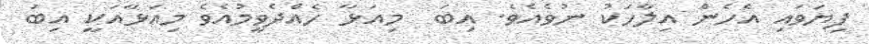
ފިޔަވައި އެހެން އިލާހަކު ނުވެއެވެ. އިބަ  މިއަޅާ ހެއްދެވީމުއެވެ މިއަޅާއަކީ އިބަ